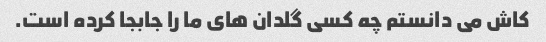
کاش می دانستم چه کسی گلدان های ما را جابجا کرده است.